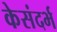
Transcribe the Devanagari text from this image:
केसंदर्भ